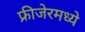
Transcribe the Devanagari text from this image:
फ्रीजेरमध्ये